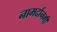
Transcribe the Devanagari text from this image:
नामर्दानगी